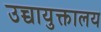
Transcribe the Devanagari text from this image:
उच्चायुक्तालय